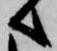
へ